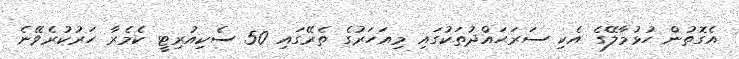
އެގޮތުން ހުޅުމާލޭގެ އެކި ސަރަޙައްދުތަކުގައި މިއަހަރުގެ ތެރޭގައި 50 ސެކިއުރިޓީ ކެމެރާ ހަރުކުރެވޭނެ